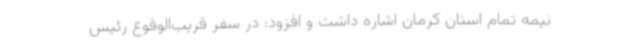
نیمه تمام استان کرمان اشاره داشت و افزود: در سفر قریب‌الوقوع رئیس